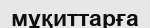
мұқиттарға